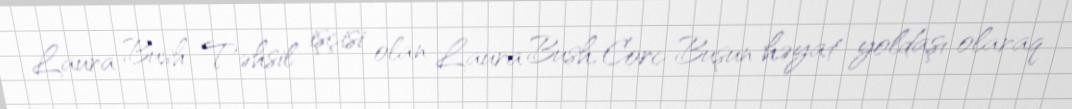
Laura Bush Təhsil işçisi olan Laura Bush, Corc Buşun həyat yoldaşı olaraq